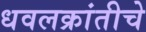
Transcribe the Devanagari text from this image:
धवलक्रांतीचे